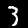
Digit: 3